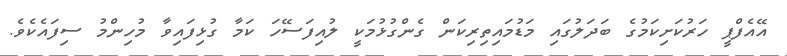
އޭއެފްޕީ ހަރުކަށިކަމުގެ ބަދަލުގައި މަޑުމައިތިރިކަން ގެންގުޅުމަކީ ލުއިފަސޭހަ ކަމާ ގުޅިފައިވާ މުހިންމު ސިފައެކެވެ.